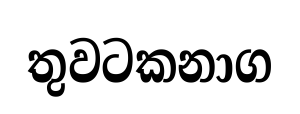
තුවටකනාග